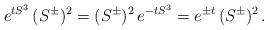
LaTeX: \begin{align*} e^{t S^3} \, (S^\pm)^2 = (S^\pm)^2 \, e^{-t S^3} = e^{\pm t } \, (S^\pm)^2 \,.\end{align*}